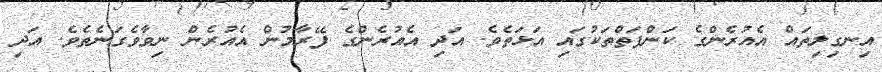
އިނގިލިތައް އެއުރެންގެ ކަންފަތްތަކުގައި އަޅަތެވެ. އަދި އެއުރެންގެ ފޭރާމުން އެއުރެން ނިވާވެގަނެތެވެ. އަދި